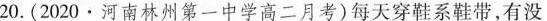
20.(2020·河南林州第一中学高二月考)每天穿鞋系鞋带，有没